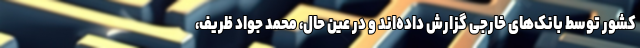
کشور توسط بانک‌های خارجی گزارش داده‌‌اند و در عین حال، محمد جواد ظریف،